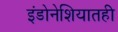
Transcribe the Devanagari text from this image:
इंडोनेशियातही